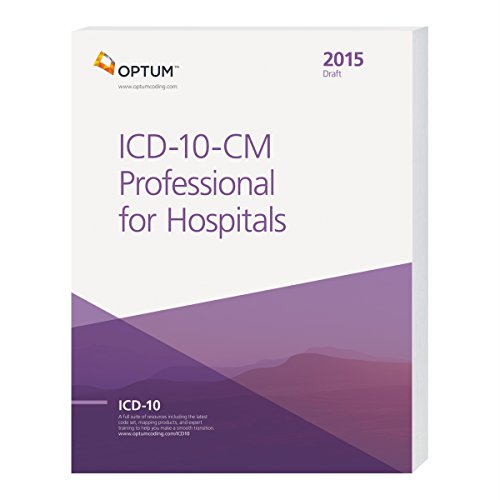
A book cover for ICD-10-CM Professional for Hospitals Draft - 2015; Optum360; Business & Money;